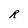
Character: R